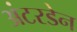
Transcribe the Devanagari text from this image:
अंटरडेन